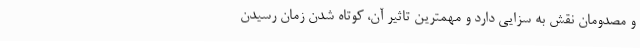
و مصدومان نقش به سزایی دارد و مهمترین تاثیر آن، کوتاه شدن زمان رسیدن